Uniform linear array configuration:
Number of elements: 4
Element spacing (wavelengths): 1
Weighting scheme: kaiser
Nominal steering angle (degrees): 45
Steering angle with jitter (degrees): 46.042
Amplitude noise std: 0.05
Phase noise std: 0.05

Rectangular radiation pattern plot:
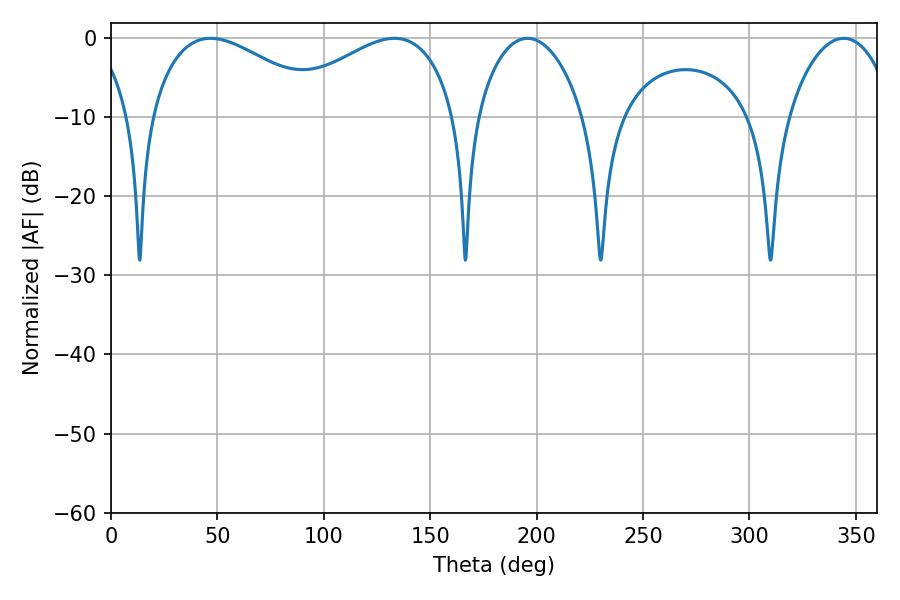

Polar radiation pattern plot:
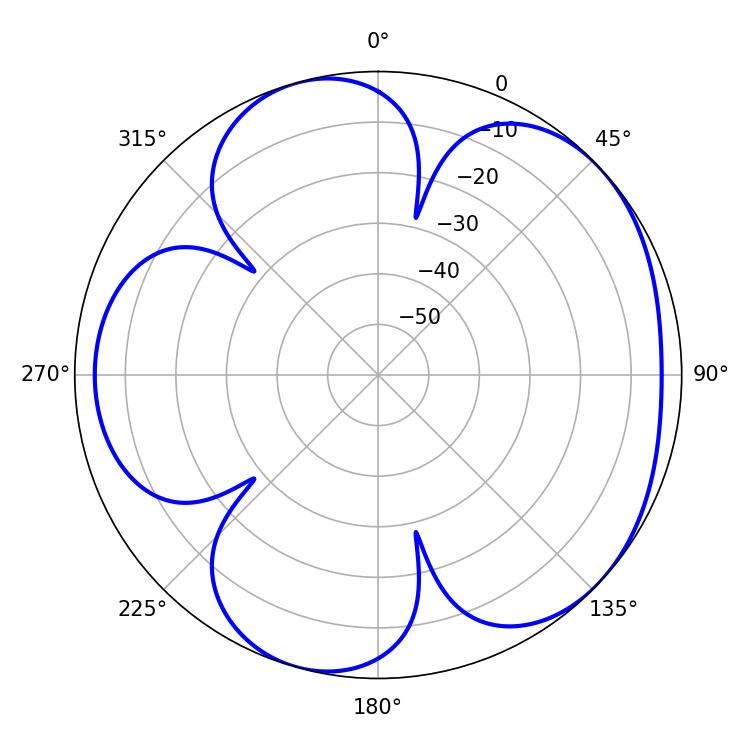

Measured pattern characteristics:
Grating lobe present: TRUE
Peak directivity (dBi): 4.858
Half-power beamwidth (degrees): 45.72
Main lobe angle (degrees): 46.8